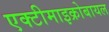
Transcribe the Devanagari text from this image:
एक्टीमाइक्रोबायल